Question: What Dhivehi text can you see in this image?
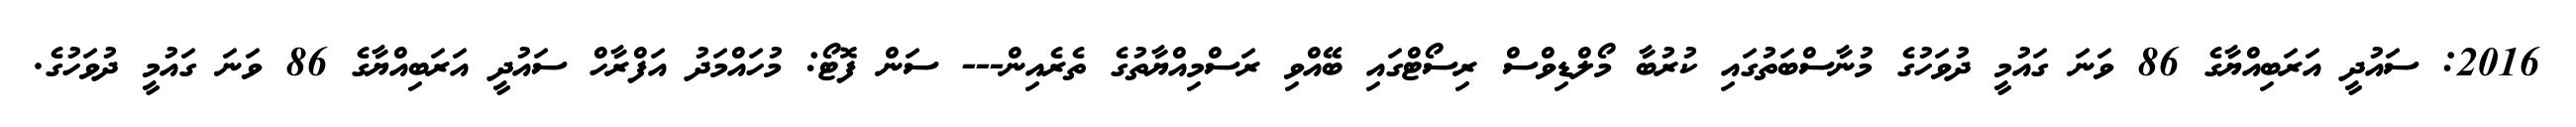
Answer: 2016: ސައުދީ އަރަބިއްޔާގެ 86 ވަނަ ގައުމީ ދުވަހުގެ މުނާސްބަތުގައި ކުރުބާ މޯލްޑިވްސް ރިސޯޓްގައި ބޭއްވި ރަސްމިއްޔާތުގެ ތެރެއިން--- ސަން ފޮޓޯ: މުހައްމަދު އަފްރާހް ސައުދީ އަރަބިއްޔާގެ 86 ވަނަ ގައުމީ ދުވަހުގެ.